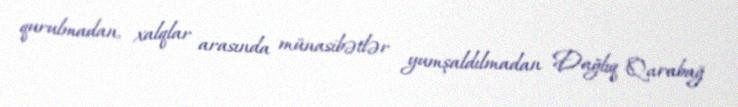
qurulmadan, xalqlar arasında münasibətlər yumşaldılmadan Dağlıq Qarabağ